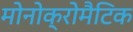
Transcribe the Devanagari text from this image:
मोनोक्रोमैटिक